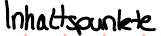
Inhaltspunkte